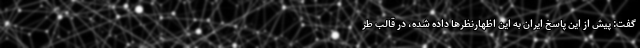
گفت: پیش از این پاسخ ایران به این اظهارنظرها داده شده، در قالب طر